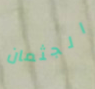
الجثمان